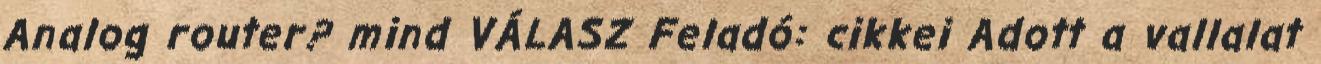
Analog router? mind VÁLASZ Feladó: cikkei Adott a vallalat